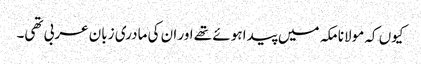
کیوں کہ مولانا مکہ میں پیدا ہوئے تھے اور ان کی مادری زبان عربی تھی۔